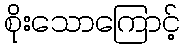
စိုးသောကြောင့်